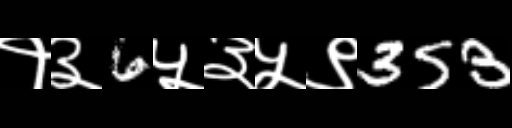
Text: १३6५३५९353